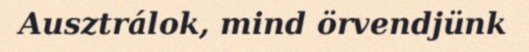
Ausztrálok, mind örvendjünk